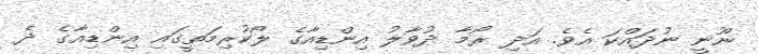
ނޫނީ ނުދައްކަ އެވެ. އަދި ރޯމާ ދުވާލު އިންޑިއާގެ ލޯކުރިމަތީގައި އިންޑިއާގެ ދެ